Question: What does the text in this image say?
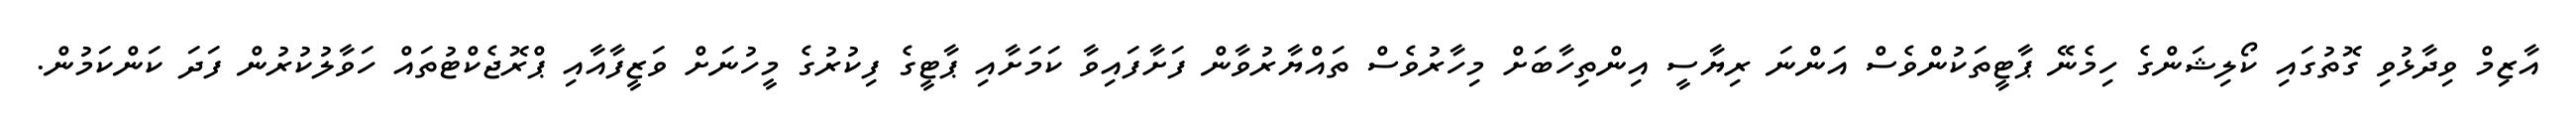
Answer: އާޒިމް ވިދާޅުވި ގޮތުގައި ކޯލިޝަންގެ ހިމެނޭ ޕާޓީތަކުންވެސް އަންނަ ރިޔާސީ އިންތިހާބަށް މިހާރުވެސް ތައްޔާރުވާން ފަށާފައިވާ ކަމަށާއި ޕާޓީގެ ފިކުރުގެ މީހުނަށް ވަޒީފާއާއި ޕްރޮޖެކްޓުތައް ހަވާލުކުރުން ފަދަ ކަންކަމުން.